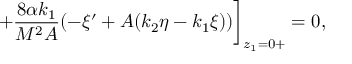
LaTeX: + \frac { 8 \alpha k _ { 1 } } { M ^ { 2 } A } ( - \xi ^ { \prime } + A ( k _ { 2 } \eta - k _ { 1 } \xi ) ) \bigg ] _ { z _ { 1 } = 0 + } = 0 ,